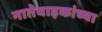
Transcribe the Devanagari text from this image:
नातेवाइकांच्या